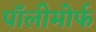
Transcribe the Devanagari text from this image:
पॉलीमोर्फ